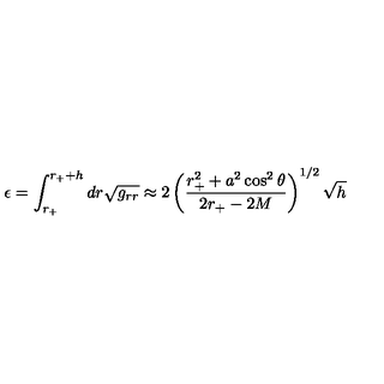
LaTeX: \epsilon = \int _ { r _ { + } } ^ { r _ { + } + h } d r \sqrt { g _ { r r } } \approx 2 \left( \frac { r _ { + } ^ { 2 } + a ^ { 2 } \cos ^ { 2 } \theta } { 2 r _ { + } - 2 M } \right) ^ { 1 / 2 } \sqrt { h }